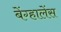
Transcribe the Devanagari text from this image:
बेंग्हालेंस